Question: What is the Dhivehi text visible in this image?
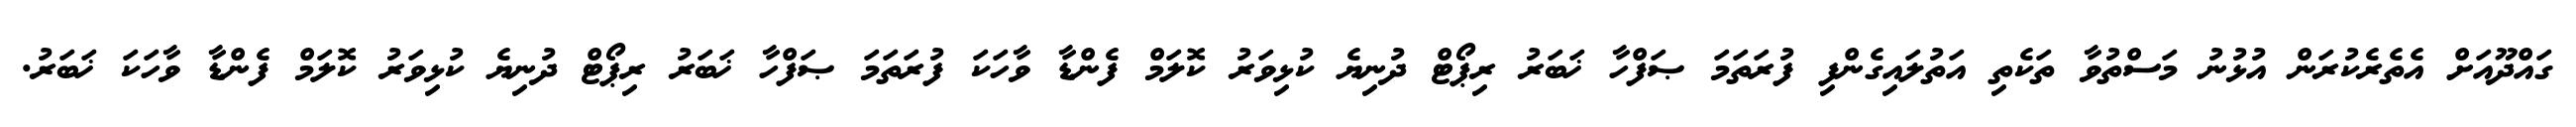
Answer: ގައްދޫއަށް އެތެރެކުރަން އުޅުނު މަސްތުވާ ތަކެތި އަތުލައިގެންފި ފުރަތަމަ ޞަފްހާ ޚަބަރު ރިޕޯޓް ދުނިޔެ ކުޅިވަރު ކޮލަމް ފެންޑާ ވާހަކަ ފުރަތަމަ ޞަފްހާ ޚަބަރު ރިޕޯޓް ދުނިޔެ ކުޅިވަރު ކޮލަމް ފެންޑާ ވާހަކަ ޚަބަރު.